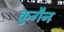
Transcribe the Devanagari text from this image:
कुगैन